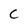
Character: C